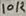
Text: 10K